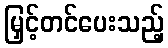
မြှင့်တင်ပေးသည့်